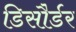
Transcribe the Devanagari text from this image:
डिसौर्डर